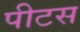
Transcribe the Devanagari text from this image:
पीटस